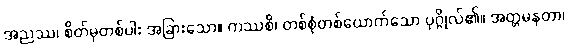
အညဿ၊ စိတ်မှတစ်ပါး အခြားသော။ ကဿစိ၊ တစ်စုံတစ်ယောက်သော ပုဂ္ဂိုလ်၏။ အတ္တမနတာ၊